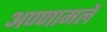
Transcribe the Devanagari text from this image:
अण्णामलै